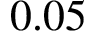
0 . 0 5